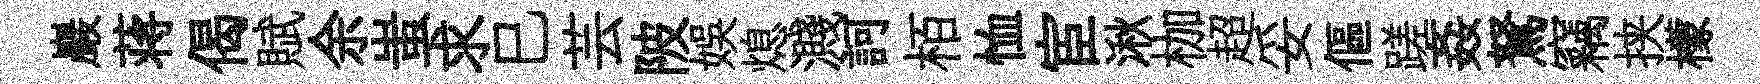
巖蒋偈賦余蚩求巳芸陂娱熄濺訶栢恤宦湫枷超妥傴蹉姦駑竊挟檬